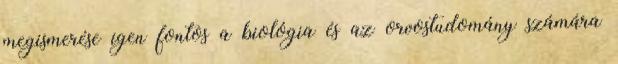
megismerése igen fontos a biológia és az orvostudomány számára